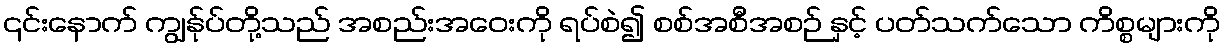
၎င်းနောက် ကျွန်ုပ်တို့သည် အစည်းအဝေးကို ရပ်စဲ၍ စစ်အစီအစဉ် နှင့် ပတ်သက်သော ကိစ္စများကို